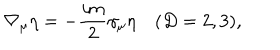
\nabla _ { \mu } \eta = - \frac { i m } { 2 } \gamma _ { \mu } \eta \quad ( D = 2 , 3 ) ,